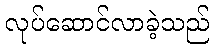
လုပ်ဆောင်လာခဲ့သည်